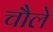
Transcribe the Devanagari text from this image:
चौले